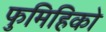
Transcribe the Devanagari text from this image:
फुमिहिको